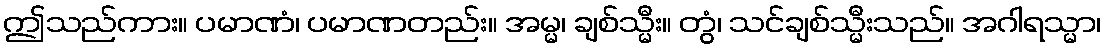
ဤသည်ကား။ ပမာဏံ၊ ပမာဏတည်း။ အမ္မ၊ ချစ်သ္မီး။ တွံ၊ သင်ချစ်သ္မီးသည်။ အဂါရသ္မာ၊